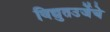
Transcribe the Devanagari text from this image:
विद्युतउर्जेचे